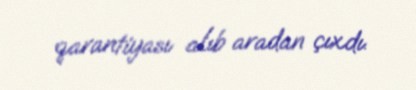
qarantiyası alıb aradan çıxdı.